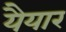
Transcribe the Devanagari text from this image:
यैयार